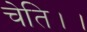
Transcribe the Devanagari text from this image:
चेति।।